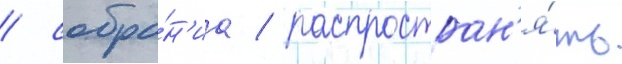
/ собра́н'иа / распростран'я́ть